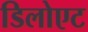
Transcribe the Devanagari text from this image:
डिलोएट